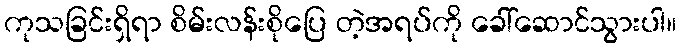
ကုသခြင်းရှိရာ စိမ်းလန်းစိုပြေ တဲ့အရပ်ကို ခေါ်ဆောင်သွားပါ။